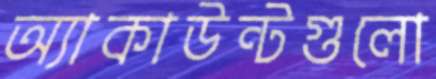
অ্যাকাউন্টগুলো